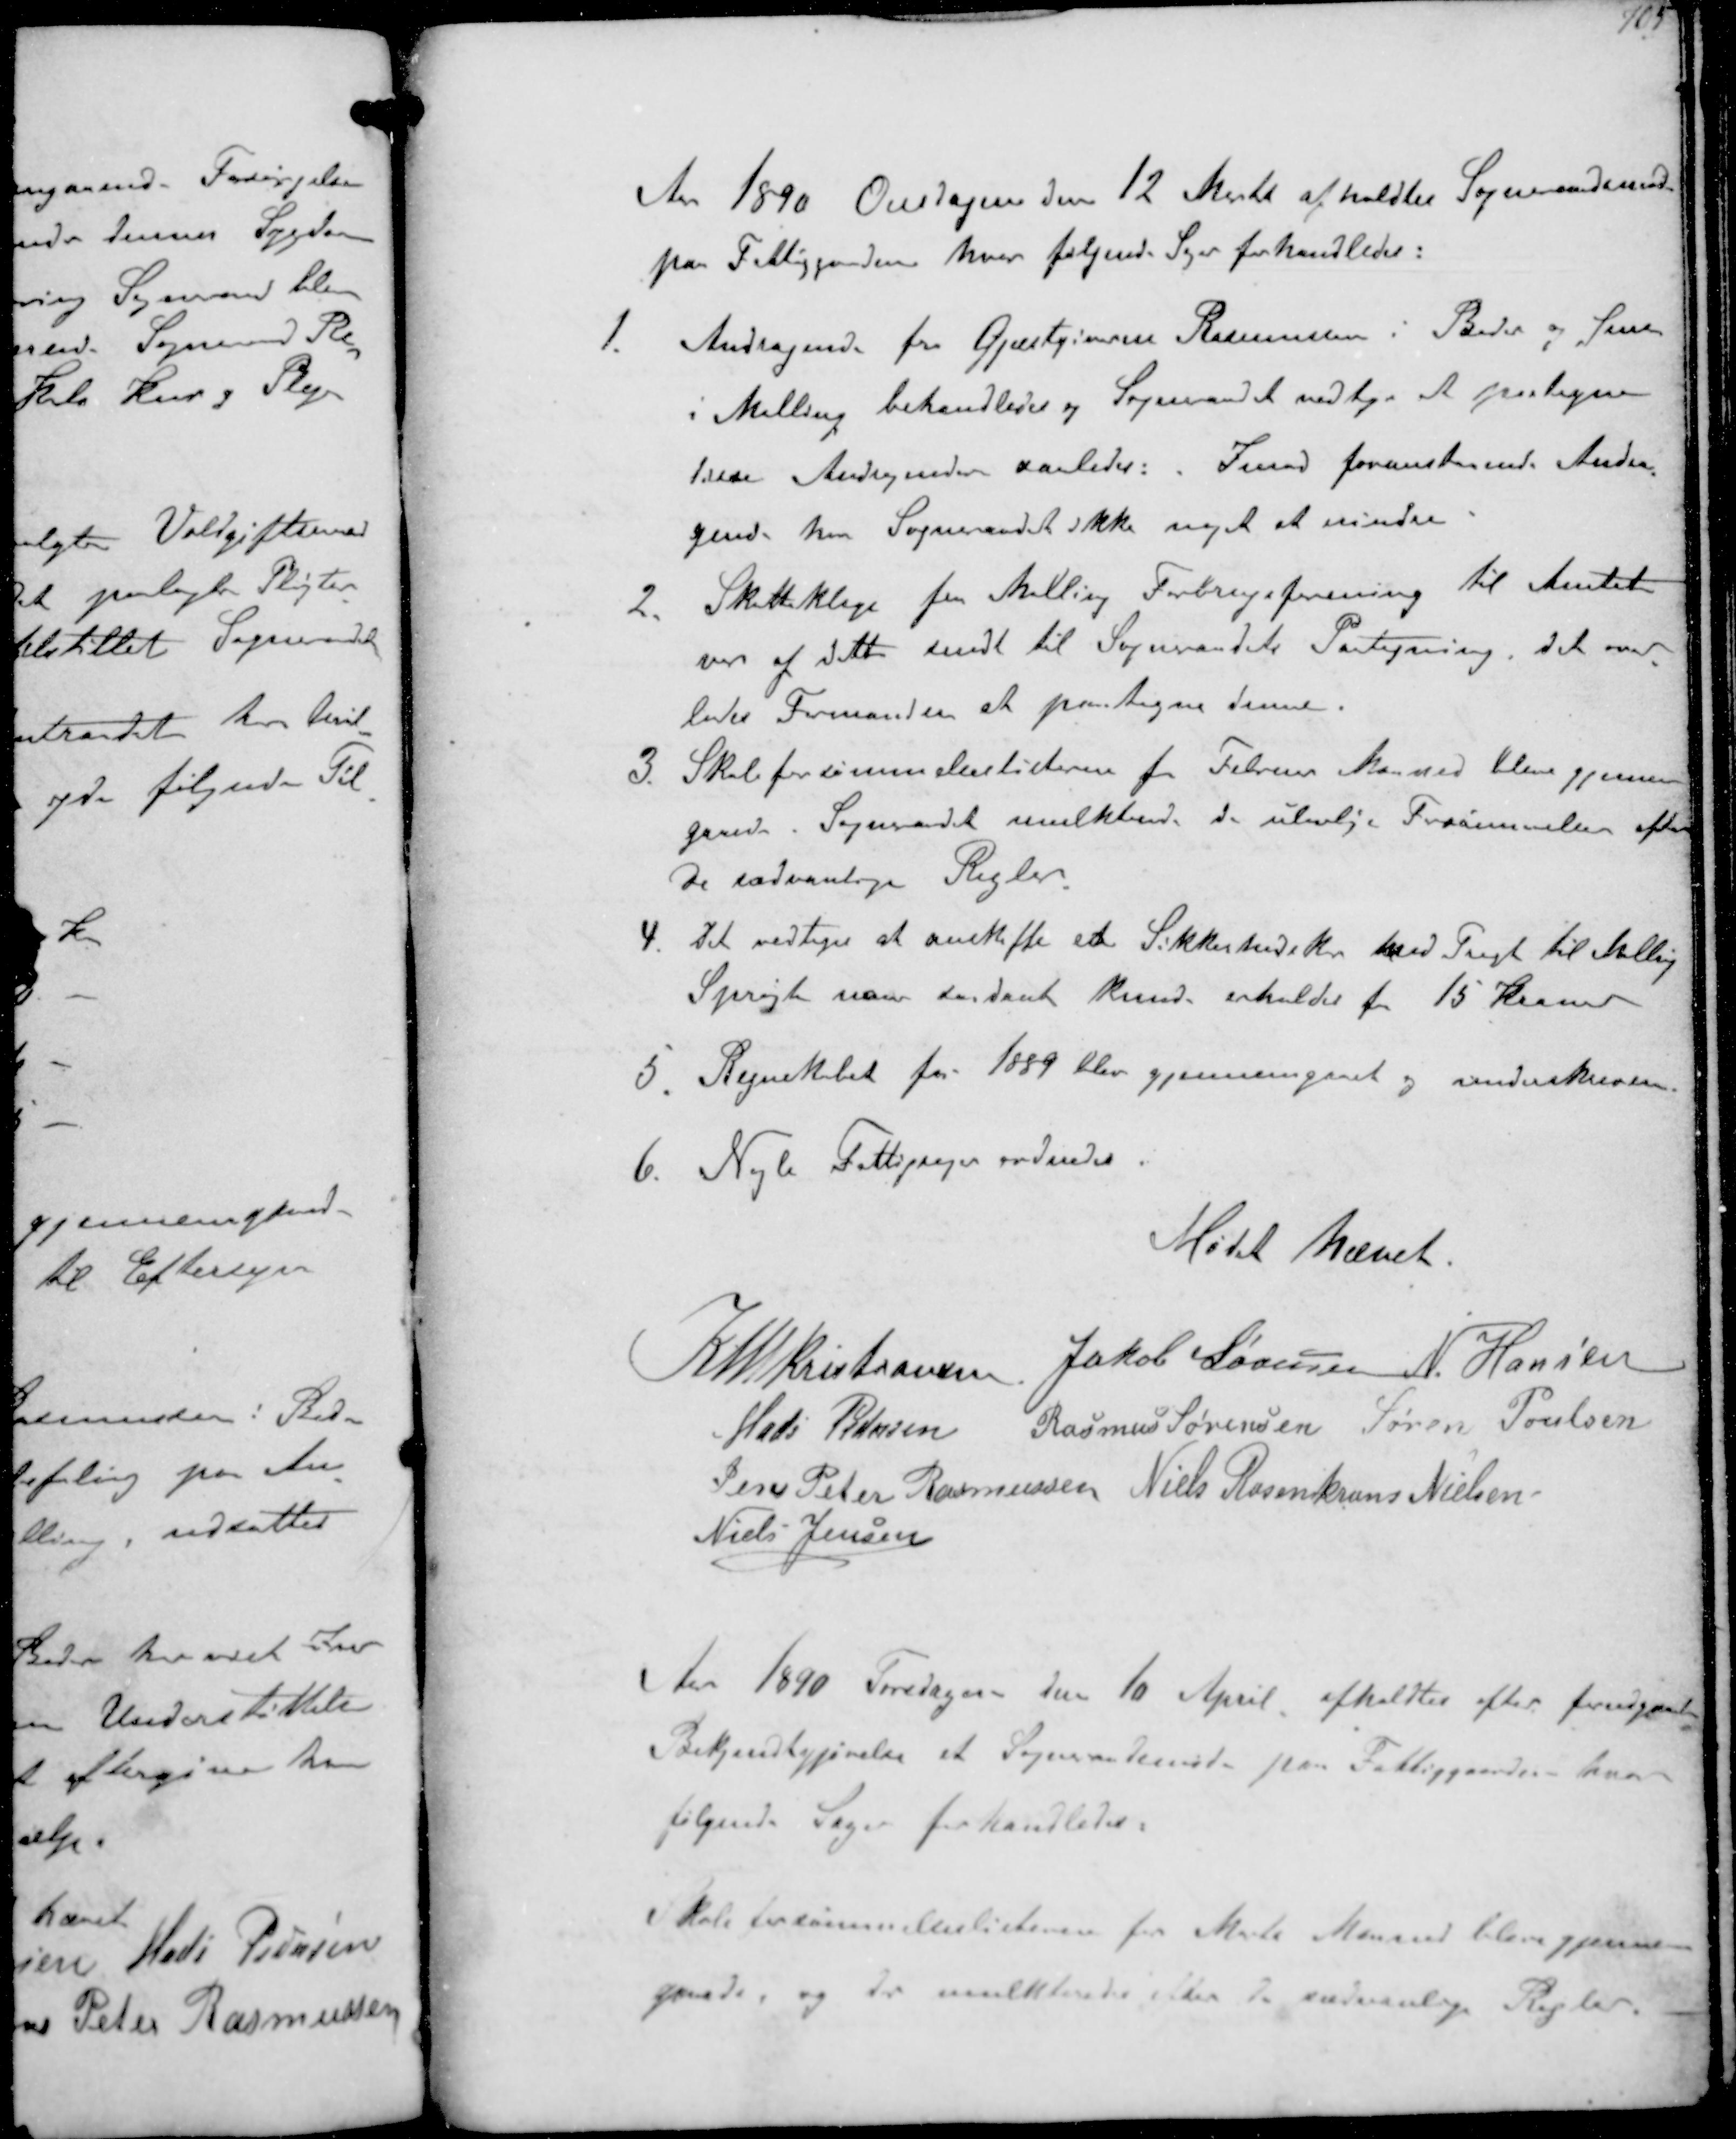
Transskription:
Ar 1890 Onsdagen den 12 Marts afholdtes Sogneraadsmøde
paa Fattiggaarden hvor følgende Sager forhandledes:
1.
Andragende fra Gjæstgiverne Rasmussen i Beder og Jensen
i Malling behandledes og Sogneraadet vedtog at paategne
disse Andragender saaledes: Imod foranstaaende Andra-
gende har Sogneraadet ikke noget at erindre
2.
Skatteklage for Malling Forbrugsforening til Amtet
var af dette sendt til Sogneraadets Paategning, det over-
lodes Formanden at paategne denne.
3 Skoleforsømmelseslisterne tor Februar Maaned bleve gjennem-
gaaede. Sogneraadet mulkterede de ulovlige Forømmelse efter
de sædvanlige Regler
4 Det vedtoges at anskaffe en Sikkerhedskr med Tragt til Malling
Sprøjte naar saadant kunde erholdes for 15 Kroner
5 Regnskabet for 1889 blev gjennemgaaet og underskreven
6. Nogle Fattigsager ondnedes
Mødet hævet
K N M Kristiansen
Jakob Sørensen N. Hansen
Mads Pedersen
Rasmus Sørensen Søren Poulsen
Jens Peter Rasmussen Niels Rosenskrans Nielsen
Niels Jensen
Aar 1890 Torsdagen den 10 April afholdtes efter forudgaaet
Bekendtgjørelse et Sogneraademøde paa Fattiggaarden hvor
Følgende Sager foahandledes.
Skoleforsømmelseslisterne for Marts Maaned blev gjennem-
gaaede og der mulkteredes efter de sædvanlige Regler